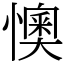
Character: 懊